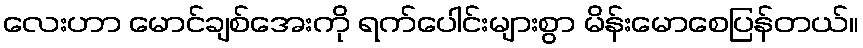
လေးဟာ မောင်ချစ်အေးကို ရက်ပေါင်းများစွာ မိန်းမောစေပြန်တယ်။